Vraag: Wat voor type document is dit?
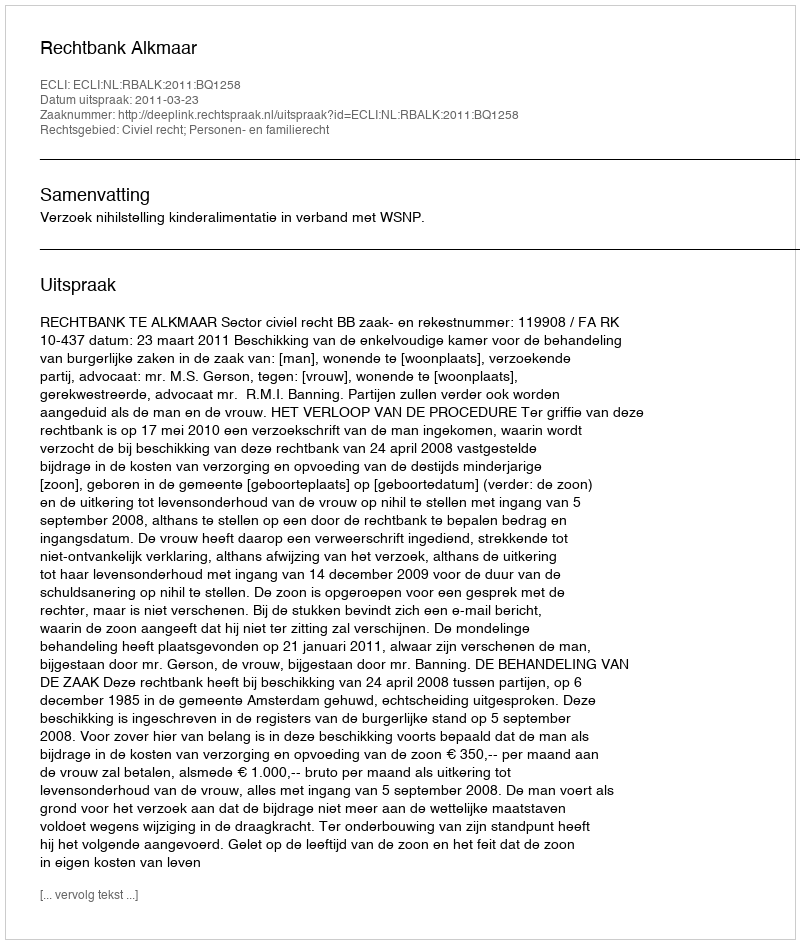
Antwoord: Uitspraak